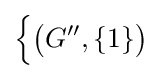
{\Bigl \{}{\bigl (}G'',\{1\}{\bigr )}{\Bigr .}